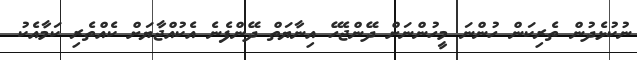
ނުކުޅެދުން ތެރިކަން ހުންނަ މީހުންނަށް ދޭންޖެހޭ އިނާޔަތް ދޭންފެނެ އެކުއްޖާޔަށް ކެއްތެރި ކަމާއެކު